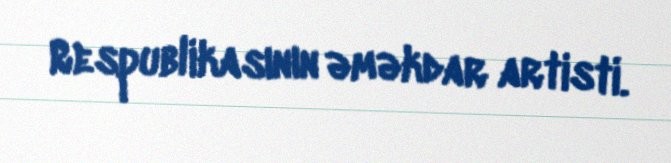
Respublikasının əməkdar artisti.